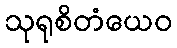
သုရုစိတံယေဝ